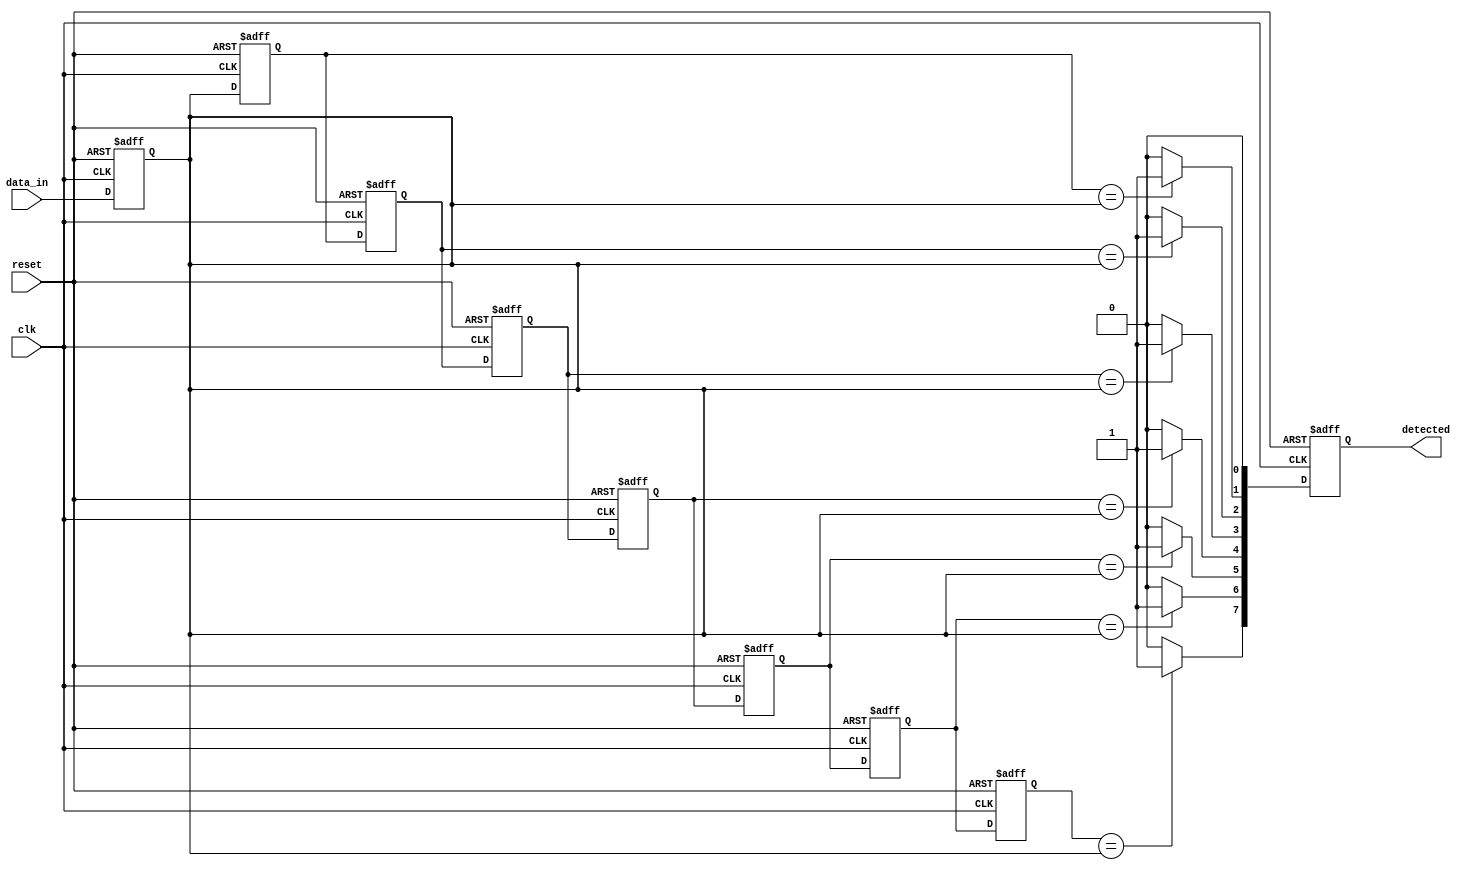
module delay_line_detector #(
    parameter DELAY_LINE_LENGTH = 8,    // Number of memory blocks
    parameter DATA_WIDTH = 8              // Width of the input signal
)(
    input wire clk,                       // Clock signal
    input wire reset,                     // Reset signal
    input wire [DATA_WIDTH-1:0] data_in, // Input signal
    output reg [DELAY_LINE_LENGTH-1:0] detected // Output detection signal
);

    // Memory blocks for the delay line
    reg [DATA_WIDTH-1:0] delay_line [0:DELAY_LINE_LENGTH-1];
    integer i;

    // Shift samples into the delay line on clock edge
    always @(posedge clk or posedge reset) begin
        if (reset) begin
            // Reset all memory blocks
            for (i = 0; i < DELAY_LINE_LENGTH; i = i + 1) begin
                delay_line[i] <= 0;
            end
            detected <= 0;
        end else begin
            // Shift the samples in the delay line
            delay_line[0] <= data_in;
            for (i = 1; i < DELAY_LINE_LENGTH; i = i + 1) begin
                delay_line[i] <= delay_line[i-1];
            end
            
            // Simple comparator logic (example: checking for phase shift)
            detected <= 0;  // Reset detected signal
            for (i = 1; i < DELAY_LINE_LENGTH; i = i + 1) begin
                if (delay_line[i] == delay_line[0]) begin
                    detected[i] <= 1; // Detected matching phase
                end else begin
                    detected[i] <= 0; // No match
                end
            end
        end
    end

endmodule